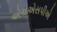
એચએસપીએ